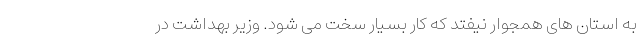
به استان های همجوار نیفتد که کار بسیار سخت می شود. وزیر بهداشت در